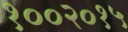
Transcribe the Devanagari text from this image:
१००२०१५